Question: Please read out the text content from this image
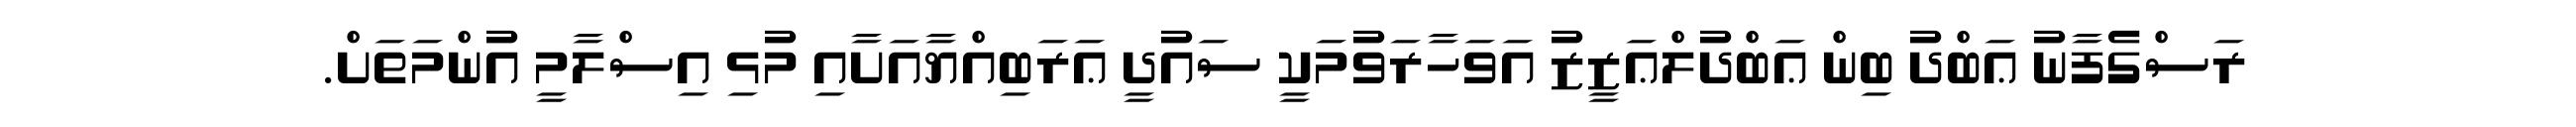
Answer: ރަސްގެފާނު ޢަބްދު ބިން ޢަބްދުލްޢަޒީޒު އަވަހާރަވުމަކީ ސައުދީ ޢަރަބިއްޔާއަށާއި މުޅި އިސްލާމީ އުންމަތަށް.